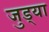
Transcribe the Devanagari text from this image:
जुड्या